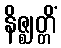
နိဇ္ဈတ္တိံ